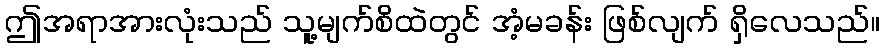
ဤအရာအားလုံးသည် သူ့မျက်စိထဲတွင် အံ့မခန်း ဖြစ်လျက် ရှိလေသည်။